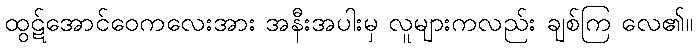
ထွဋ်အောင်ဝေကလေးအား အနီးအပါးမှ လူများကလည်း ချစ်ကြ လေ၏။